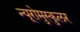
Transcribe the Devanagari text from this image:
न्यूरोमुस्कुलर